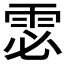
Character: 𲉴